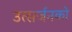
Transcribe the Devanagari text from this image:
उत्सर्जनको